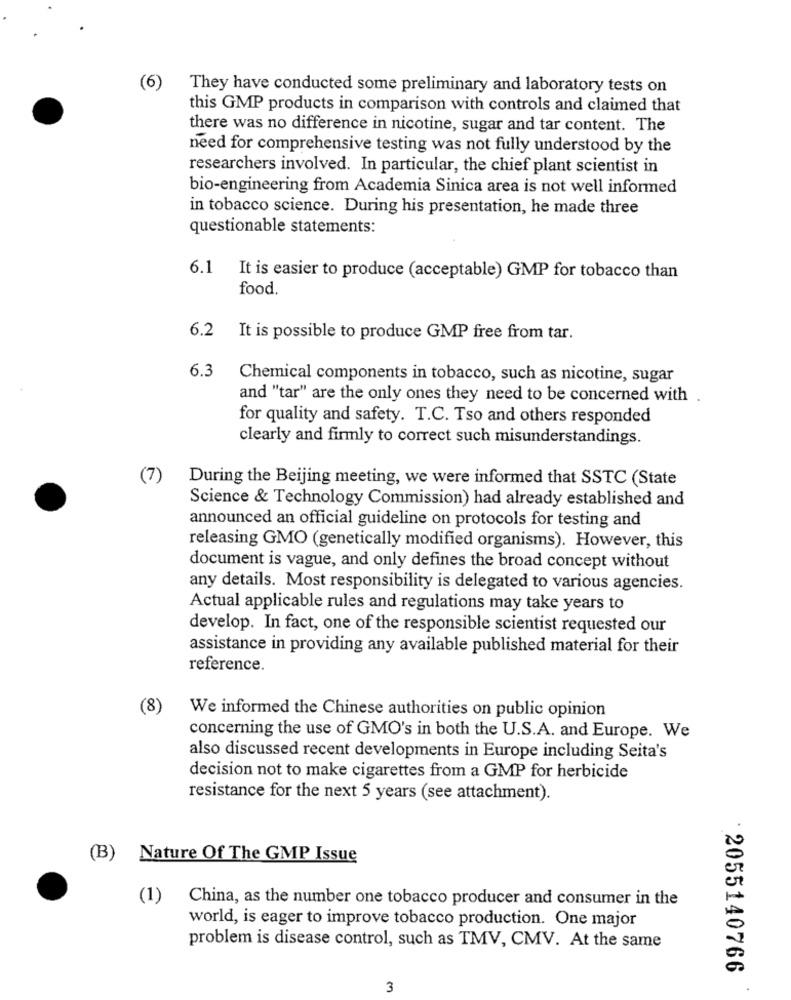
(6)
They have conducted some preliminary and laboratory tests on
this GMP products in comparison with controls and claimed that
there was no difference in nicotine, sugar and tar content. The
need for comprehensive testing was not fully understood by the
researchers involved. In particular, the chief plant scientist in
bio-engineering from Academia Sinica area is not well informed
in tobacco science. During his presentation, he made three
questionable statements:
6.1 It is easier to produce (acceptable) GMP for tobacco than
food.
6.2 It is possible to produce GMP free from tar.
6.3
Chemical components in tobacco, such as nicotine, sugar
and "tar" are the only ones they need to be concerned with
for quality and safety. T.C. Tso and others responded
clearly and firmly to correct such misunderstandings.
(7)
During the Beijing meeting, we were informed that SSTC (State
Science & Technology Commission) had already established and
announced an official guideline on protocols for testing and
releasing GMO (genetically modified organisms). However, this
document is vague, and only defines the broad concept without
any details. Most responsibility is delegated to various agencies.
Actual applicable rules and regulations may take years to
develop. In fact, one of the responsible scientist requested our
assistance in providing any available published material for their
reference.
(8)
We informed the Chinese authorities on public opinion
concerning the use of GMO's in both the U.S.A. and Europe. We
also discussed recent developments in Europe including Seita's
decision not to make cigarettes from a GMP for herbicide
resistance for the next 5 years (see attachment).
(B) Nature Of The GMP Issue
(1)
China, as the number one tobacco producer and consumer in the
world, is eager to improve tobacco production. One major
problem is disease control, such as TMV, CMV. At the same
2055140766
3